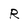
Character: r